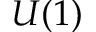
U ( 1 )